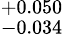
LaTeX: ^{+0.050}_{-0.034}